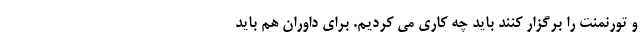
و تورنمنت را برگزار کنند باید چه کاری می کردیم. برای داوران هم باید